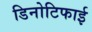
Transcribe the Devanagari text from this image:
डिनोटिफाई